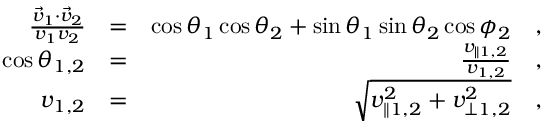
\begin{array} { r l r } { \frac { \vec { v } _ { 1 } \cdot \vec { v } _ { 2 } } { v _ { 1 } v _ { 2 } } } & { = } & { \cos \theta _ { 1 } \cos \theta _ { 2 } + \sin \theta _ { 1 } \sin \theta _ { 2 } \cos \phi _ { 2 } \quad , } \\ { \cos \theta _ { 1 , 2 } } & { = } & { \frac { v _ { \parallel 1 , 2 } } { v _ { 1 , 2 } } \quad , } \\ { v _ { 1 , 2 } } & { = } & { \sqrt { v _ { \parallel 1 , 2 } ^ { 2 } + v _ { \perp 1 , 2 } ^ { 2 } } \quad , } \end{array}